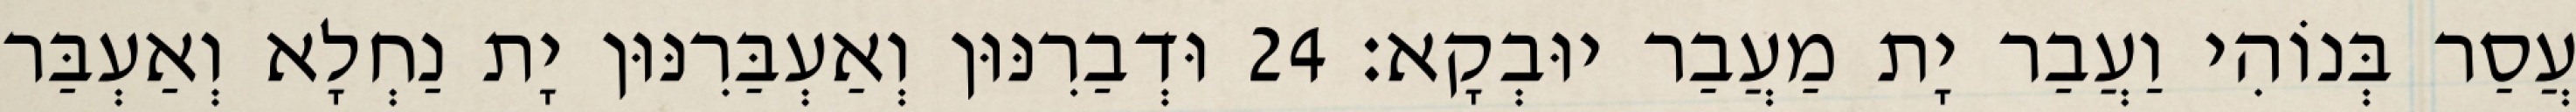
עֲסַר בְּנוֹהִי וַעֲבַר יָת מַעֲבַר יוּבְקָא׃ 24 וּדְבַרִנּוּן וְאַעְבַּרִנּוּן יָת נַחְלָא וְאַעְבַּר